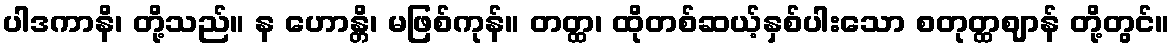
ပါဒကာနိ၊ တို့သည်။ န ဟောန္တိ၊ မဖြစ်ကုန်။ တတ္ထ၊ ထိုတစ်ဆယ့်နှစ်ပါးသော စတုတ္ထဈာန် တို့တွင်။